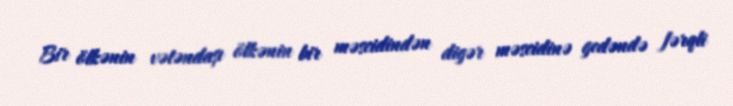
Bir ölkənin vətəndaşı ölkənin bir məscidindən digər məscidinə gedəndə fərqli